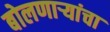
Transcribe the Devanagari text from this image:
बोलणार्‍यांचा